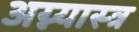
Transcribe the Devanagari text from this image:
अग्न्यास्त्र